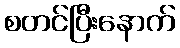
စတင်ပြီးနောက်